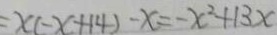
= x ( - x + 1 4 ) - x = - x ^ { 2 } + 1 3 x